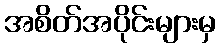
အစိတ်အပိုင်းများမှ